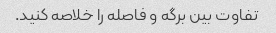
تفاوت بین برگه و فاصله را خلاصه کنید.